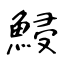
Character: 鮼